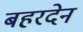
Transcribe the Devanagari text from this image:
बहरदेन